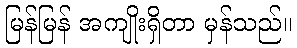
မြန်မြန် အကျိုးရှိတာ မှန်သည်။